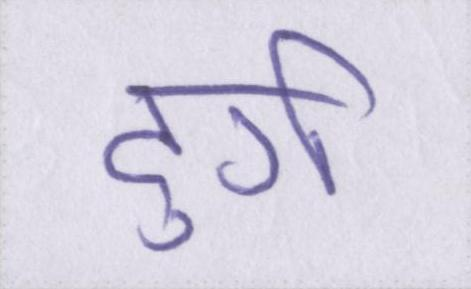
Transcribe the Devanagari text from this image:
दुर्ग